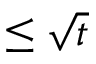
\leq \sqrt { t }